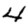
Digit: 4